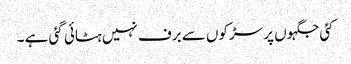
کئی جگہوں پر سڑکوں سے برف نہیں ہٹائی گئی ہے ۔